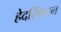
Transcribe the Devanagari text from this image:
हेदरिंगटन